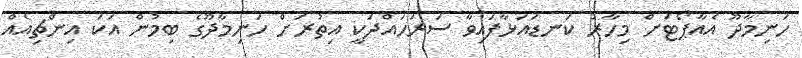
ހަނިމާދޫ އެއާޕޯޓަށް މިހާރު ކަނޑައަޅާފައިވާ ސަރަހައްދަކީ އިތުރަށް ހަނިމާދޫގެ ބިމުން އަކަ އިންޗިއެއް